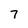
Character: 7